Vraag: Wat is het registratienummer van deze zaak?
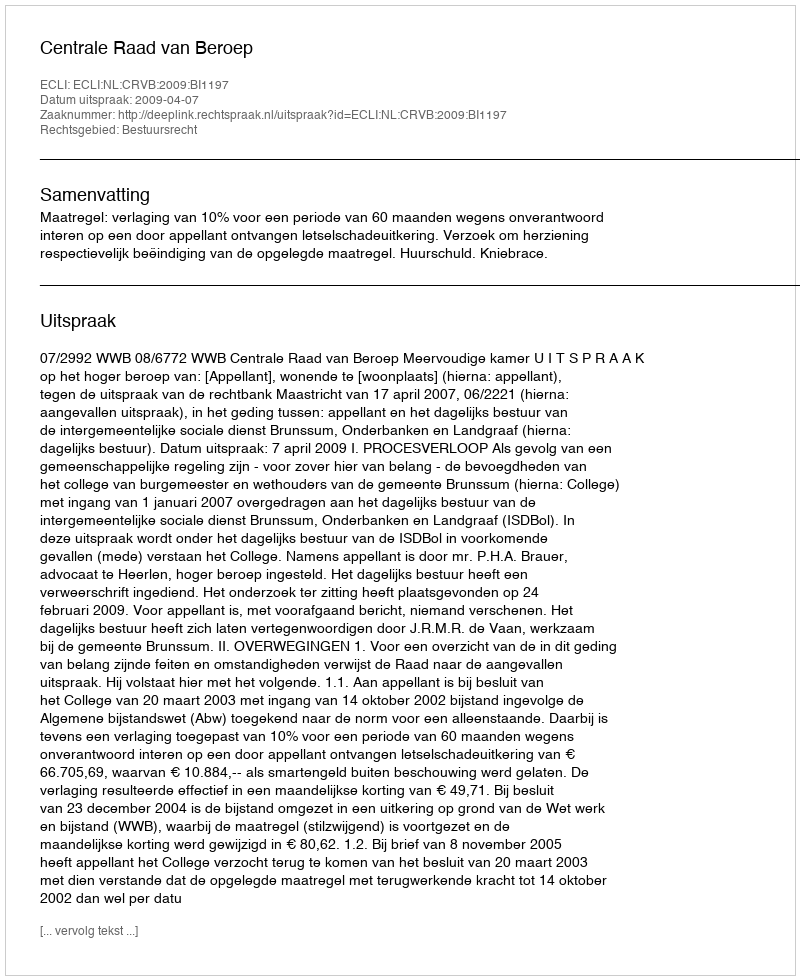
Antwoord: http://deeplink.rechtspraak.nl/uitspraak?id=ECLI:NL:CRVB:2009:BI1197